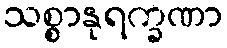
သစ္စာနုရက္ခဏာ